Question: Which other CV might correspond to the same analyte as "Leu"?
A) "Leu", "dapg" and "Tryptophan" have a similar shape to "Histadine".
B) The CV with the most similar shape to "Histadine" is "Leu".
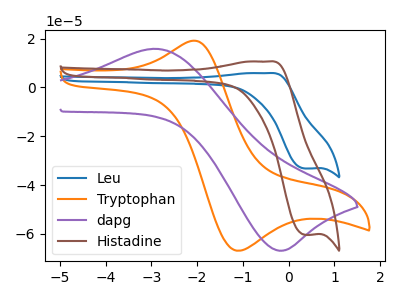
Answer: <think>The blue curve "Leu" has an anodic peak at (-0.45V, 5.85uA) and a cathodic peak at (0.40V, -33.25uA). The orange curve "Tryptophan" has an anodic peak at (-2.15V, 18.95uA) and a cathodic peak at (-1.15V, -66.90uA). The purple curve "dapg" has an anodic peak at (-2.85V, 15.75uA) and a cathodic peak at (-0.20V, -66.85uA). The brown curve "Histadine" has an anodic peak at (-0.45V, 10.60uA) and a cathodic peak at (0.40V, -60.40uA).
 "Leu" and "Tryptophan" have at least one peak that do not match. "Leu" and "dapg" have at least one peak that do not match. All the peaks in "Leu" have a peak in "Histadine" at the same potential. Every peak in "Leu" is lower than every peak in "Histadine". "Tryptophan" and "dapg" have at least one peak that do not match. "Tryptophan" and "Histadine" have at least one peak that do not match. "dapg" and "Histadine" have at least one peak that do not match.</think>
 <answer>B) The CV with the most similar shape to "Histadine" is "Leu".</answer>
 <eval>B</eval>